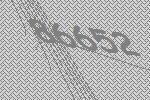
86652